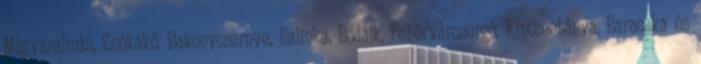
Magyaralmás, Csókakő, Bakonycsernye, Balinka, Bodajk, Fehérvárcsurgó, Kincsesbánya, Baracska és